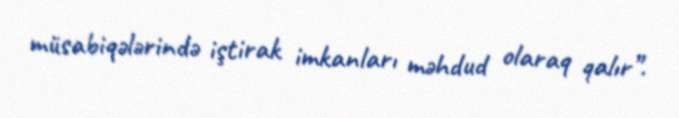
müsabiqələrində iştirak imkanları məhdud olaraq qalır”.